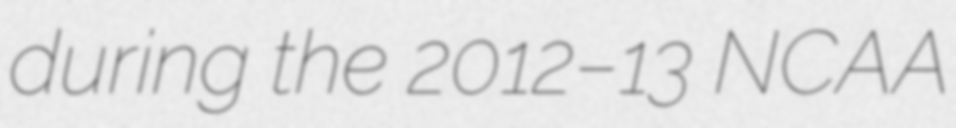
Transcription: during the 2012–13 NCAA